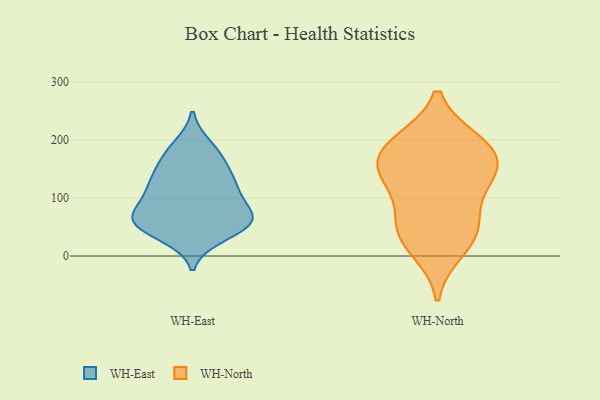
{"axis": {"x": "Energy Usage (MWh)", "y": "Value"}, "legend": ["WH-East", "WH-North"], "data": [{"x": "", "y": 61, "type": "WH-East"}, {"x": "", "y": 36, "type": "WH-East"}, {"x": "", "y": 69, "type": "WH-East"}, {"x": "", "y": 63, "type": "WH-East"}, {"x": "", "y": 105, "type": "WH-East"}, {"x": "", "y": 117, "type": "WH-East"}, {"x": "", "y": 126, "type": "WH-East"}, {"x": "", "y": 53, "type": "WH-East"}, {"x": "", "y": 158, "type": "WH-East"}, {"x": "", "y": 57, "type": "WH-East"}, {"x": "", "y": 174, "type": "WH-East"}, {"x": "", "y": 67, "type": "WH-East"}, {"x": "", "y": 126, "type": "WH-East"}, {"x": "", "y": 188, "type": "WH-East"}, {"x": "", "y": 130, "type": "WH-North"}, {"x": "", "y": 151, "type": "WH-North"}, {"x": "", "y": 57, "type": "WH-North"}, {"x": "", "y": 186, "type": "WH-North"}, {"x": "", "y": 36, "type": "WH-North"}, {"x": "", "y": 193, "type": "WH-North"}, {"x": "", "y": 59, "type": "WH-North"}, {"x": "", "y": 130, "type": "WH-North"}, {"x": "", "y": 157, "type": "WH-North"}, {"x": "", "y": 196, "type": "WH-North"}, {"x": "", "y": 11, "type": "WH-North"}]}